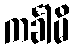
ကင်္ခါမိ